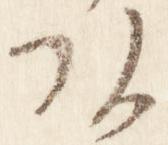
頭